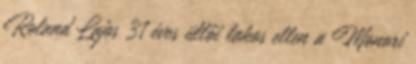
Roland Lajos 31 éves üllői lakos ellen a Monori